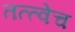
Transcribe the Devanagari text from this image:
तत्त्वेच